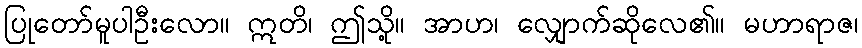
ပြုတော်မူပါဦးလော။ ဣတိ၊ ဤသို့။ အာဟ၊ လျှောက်ဆိုလေ၏။ မဟာရာဇ၊